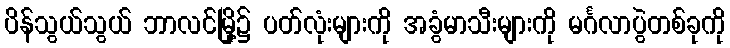
ပိန်သွယ်သွယ် ဘာလင်မြို့၌ ပတ်လုံးများကို အခွံမာသီးများကို မင်္ဂလာပွဲတစ်ခုကို